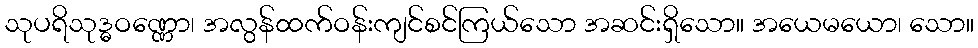
သုပရိသုဒ္ဓဝဏ္ဏော၊ အလွန်ထက်ဝန်းကျင်စင်ကြယ်သော အဆင်းရှိသော။ အယေမယော၊ သော။